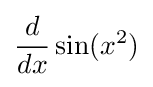
{\frac {d}{dx}}\sin(x^{2})